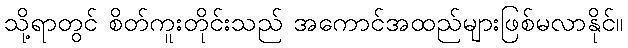
သို့ရာတွင် စိတ်ကူးတိုင်းသည် အကောင်အထည်များဖြစ်မလာနိုင်။